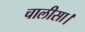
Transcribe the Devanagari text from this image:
चालीसा।